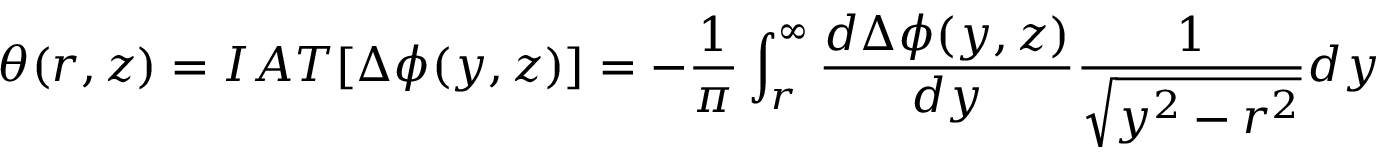
\theta ( r , z ) = I A T [ \Delta \phi ( y , z ) ] = - \frac { 1 } { \pi } \int _ { r } ^ { \infty } \frac { d \Delta \phi ( y , z ) } { d y } \frac { 1 } { \sqrt { y ^ { 2 } - r ^ { 2 } } } d y